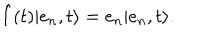
\hat { I } ( t ) \vert e _ { n } , t \rangle = e _ { n } \vert e _ { n } , t \rangle .